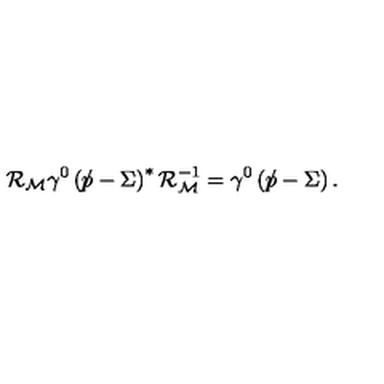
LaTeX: { \cal R } _ { \cal M } \gamma ^ { 0 } \left( \rlap \slash p - \Sigma \right) ^ { * } { \cal R } _ { \cal M } ^ { - 1 } = \gamma ^ { 0 } \left( \rlap \slash p - \Sigma \right) .